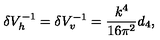
\delta V _ { h } ^ { - 1 } = \delta V _ { v } ^ { - 1 } = { \frac { k ^ { 4 } } { 1 6 \pi ^ { 2 } } } d _ { 4 } ,